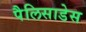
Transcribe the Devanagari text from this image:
पैलिसाडेस